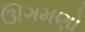
ઊગમણો